Leaving Certificate Examination (including Day School Certificate (Higher) General paper), 1928
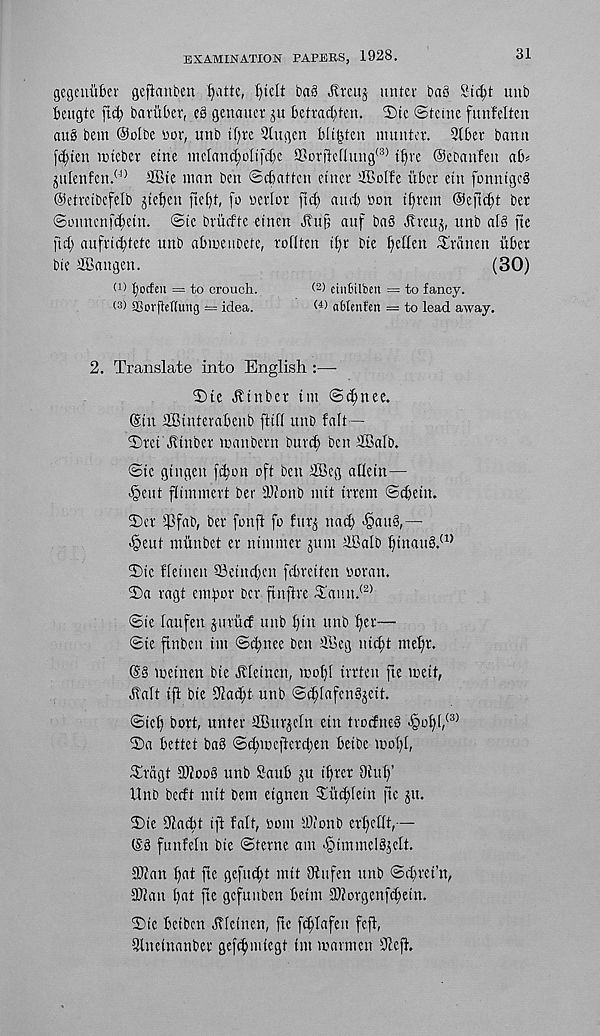
EXAMINATION PAPERS, 1928.
31
gegenuBei gefinuben f>attc, t)tdt ba§ Jvrcuj miter baS 8td;t uub
kugtc fid) bavuber, eS genauer
be trad) ten. 2)te ©feme funWtcn
au§ bem @clbe bor, mtb tf)re 2lugett biit^ten nmuter. 2tber bamt
fd;ten mteber etne ineIand;o[ifd)e SordefIung <3) if)re ©cbanfen ab^
julenfen. (rl) 2Bte man ben ©cbattcn finer dBoffc ubcr etn fonnigeS
Oetretbefelb jiefien ftef)t, fo bcrfor fid) ami) bon ifjrem ®cfid)t bcr
©onncnfd)ein. @ic briidte etnen Hu ft auf ba§ Hreuj, unb af§ fie
fid; aufrid)tefc unb abmeubcte, rofltcn if)r bie f)cffen f£rdnctt iiber
bie dllngen.
(30)
(D t)ocfeii = to crouch.
einbilben = to fancy.
SBorfietiimg — idea.
ablenfcn = to lead away.
2. Translate into English :—-
T>te Htnber im ©c^nee.
(Sin SBinterabenb ftiff unb fait —
©tei Hinber man bent burd) ben dBalb.
©ic gingen fdjon oft ben dBeg allein—
§eut flimmert ber 3)1 onb mit irrem ©djein.
©er ))3fab, ber fonft fo fur^ nad) <§au§,—
^>cut miinbet er ninuner jum dBalb f)inau§. (1>
©ic fletnen 93eind)cn febreiten boran.
©a ragt emftor bcr finftre ©aun. (2)
©ie laufen jurucf unb t)in unb l)er—
©ie finben im ©c^nee ben .ffieg nid)t mef)r.
meinen bie Hleincn, mo()[ irrten fte meif,
Halt ift bte 31ad)t unb ©djlafen^eit.
©icl) bort, unter dBurjeln eiu trorfneS ^gof)l, (3)
©a bettet ba§ ©c^meftcrd)en beibe moI)l,
©ragt 31?oo8 unb Saub ju i^rcr Oiuf)’
Unb bccft mit bem eignen ©itd)[ein fte ju.
©ie diacbt ift fait, bom IDionb erftellt,—
(S8 funfeln bie ©terne am .§immel^elt.
DJian f)at fie gefud)t mit Dtufen unb ©dfret’n,
3)1 an l)at fte gefunben beim 3)totgenfd)em.
©ic beibcn Hlefnen, fte fd)Iafeu fefl,
dlnctnanber gefcbmiegt im marmcn 31cft.